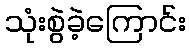
သုံးစွဲခဲ့ကြောင်း